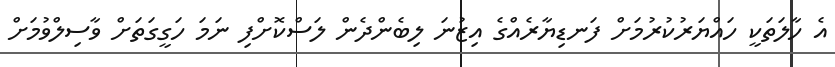
އެ ހާލަތަކީ ހައްޔަރުކުރުމަށް ފަނޑިޔާރެއްގެ އިޒުނަ ލިބެންދެން ލަސްކޮށްފި ނަމަ ހަގީގަތަށް ވާސިލްވުމަށް